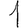
Digit: 1